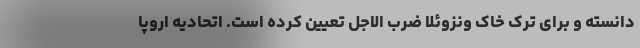
دانسته و برای ترک خاک ونزوئلا ضرب الاجل تعیین کرده است. اتحادیه اروپا